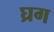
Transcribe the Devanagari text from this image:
घ्रग